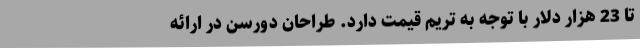
تا 23 هزار دلار با توجه به تریم قیمت دارد. طراحان دورسن در ارائه